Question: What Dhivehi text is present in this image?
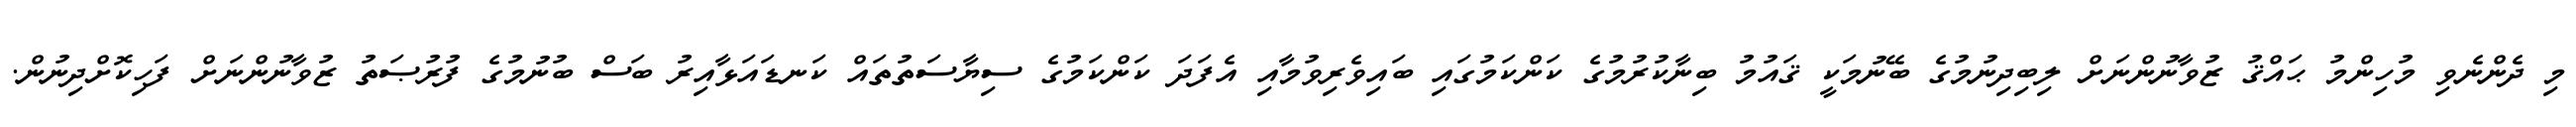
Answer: މި ދެންނެވި މުހިންމު ޙައްޤު ޒުވާނުންނަށް ލިބިދިނުމުގެ ބޭނުމަކީ ޤައުމު ބިނާކުރުމުގެ ކަންކަމުގައި ބައިވެރިވުމާއި އެފަދަ ކަންކަމުގެ ސިޔާސަތުތައް ކަނޑައަޅާއިރު ބަސް ބުނުމުގެ ފުރުޞަތު ޒުވާނުންނަށް ފަހިކޮށްދިނުން.